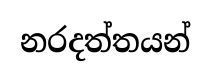
නරදත්තයන්